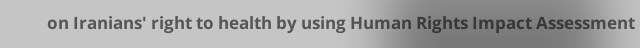
on Iranians' right to health by using Human Rights Impact Assessment